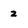
Character: z